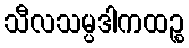
သီလသမ္ပဒါကထဉ္စ